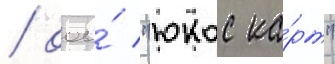
/ ооо́ "юкос ка́рт"